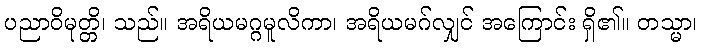
ပညာဝိမုတ္တိ၊ သည်။ အရိယမဂ္ဂမူလိကာ၊ အရိယမဂ်လျှင် အကြောင်း ရှိ၏။ တသ္မာ၊